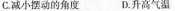
C.减小摆动的角度 D.升高气温